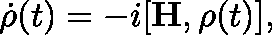
\dot { \mathbf { \rho } } ( t ) = - i [ \mathbf { H } , \mathbf { \rho } ( t ) ] ,